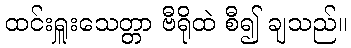
ထင်းရှူးသေတ္တာ ဗီရိုထဲ စီ၍ ချသည်။